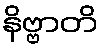
နိဗ္ဗာတိ